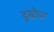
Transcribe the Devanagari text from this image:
इस्रोस